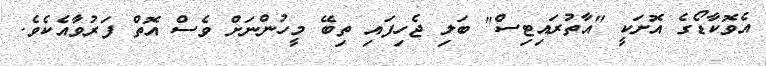
އެވޮކާޑޯގެ އޮށަކީ "އާތުރައިޓިސް" ބަލި ޖެހިފައި ތިބޭ މީހުންނަށް ވެސް އޮތް ފަރުވާއެކެވެ.